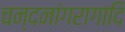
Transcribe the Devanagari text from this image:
चन्दनांगरागादि